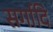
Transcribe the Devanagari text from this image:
सर्गादि